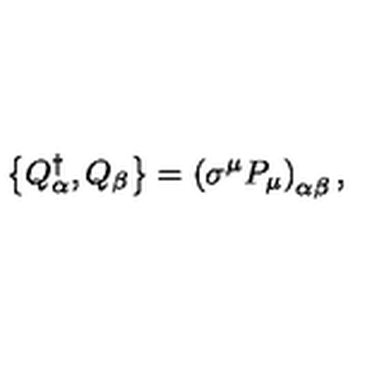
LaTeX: \left\{ Q _ { \alpha } ^ { \dagger } , Q _ { \beta } \right\} = \left( \sigma ^ { \mu } P _ { \mu } \right) _ { \alpha \beta } ,